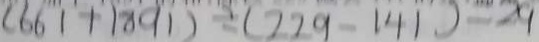
( 6 6 1 + 1 8 9 1 ) \div ( 2 2 9 - 1 4 1 ) = 2 9